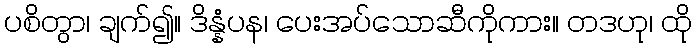
ပစိတွာ၊ ချက်၍။ ဒိန္နံပန၊ ပေးအပ်သောဆီကိုကား။ တဒဟု၊ ထို